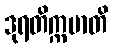
ဒုရတိက္ကမာတိ